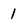
Character: 1